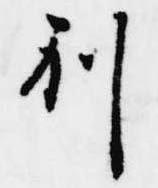
別